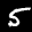
Label: 5